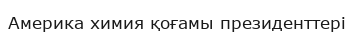
Америка химия қоғамы президенттері